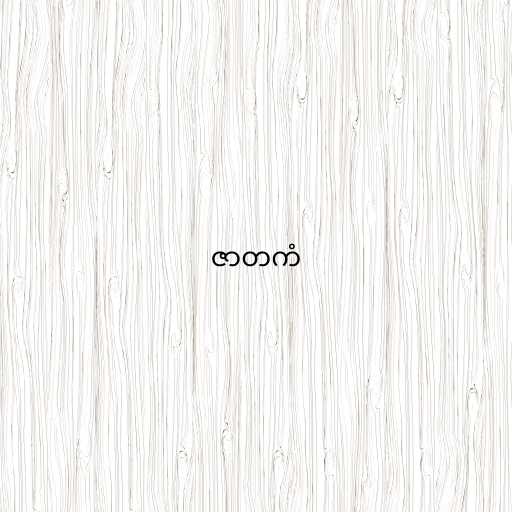
ဇာတကံ